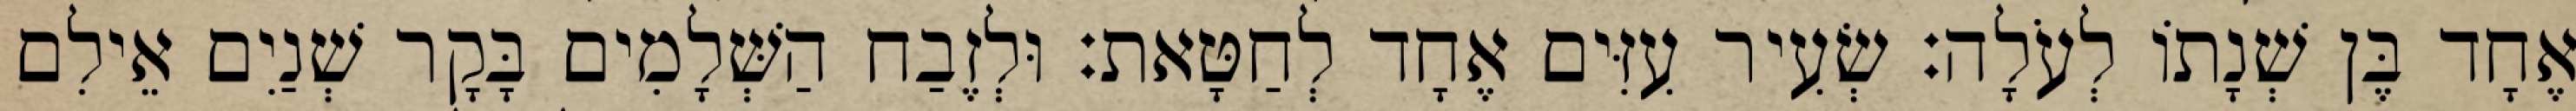
אֶחָד בֶּן שְׁנָתוֹ לְעֹלָה׃ שְׂעִיר עִזִּים אֶחָד לְחַטָּאת׃ וּלְזֶבַח הַשְּׁלָמִים בָּקָר שְׁנַיִם אֵילִם